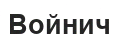
Войнич